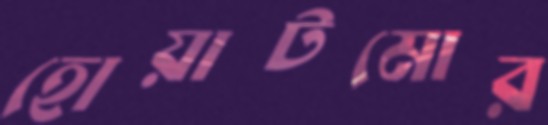
হোয়াটমোর